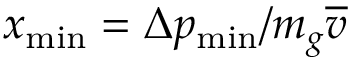
x _ { \mathrm { m i n } } = \Delta p _ { \mathrm { m i n } } / m _ { g } \overline { { v } }